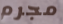
مجرم